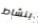
بنشاط